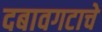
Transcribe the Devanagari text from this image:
दबावगटाचे